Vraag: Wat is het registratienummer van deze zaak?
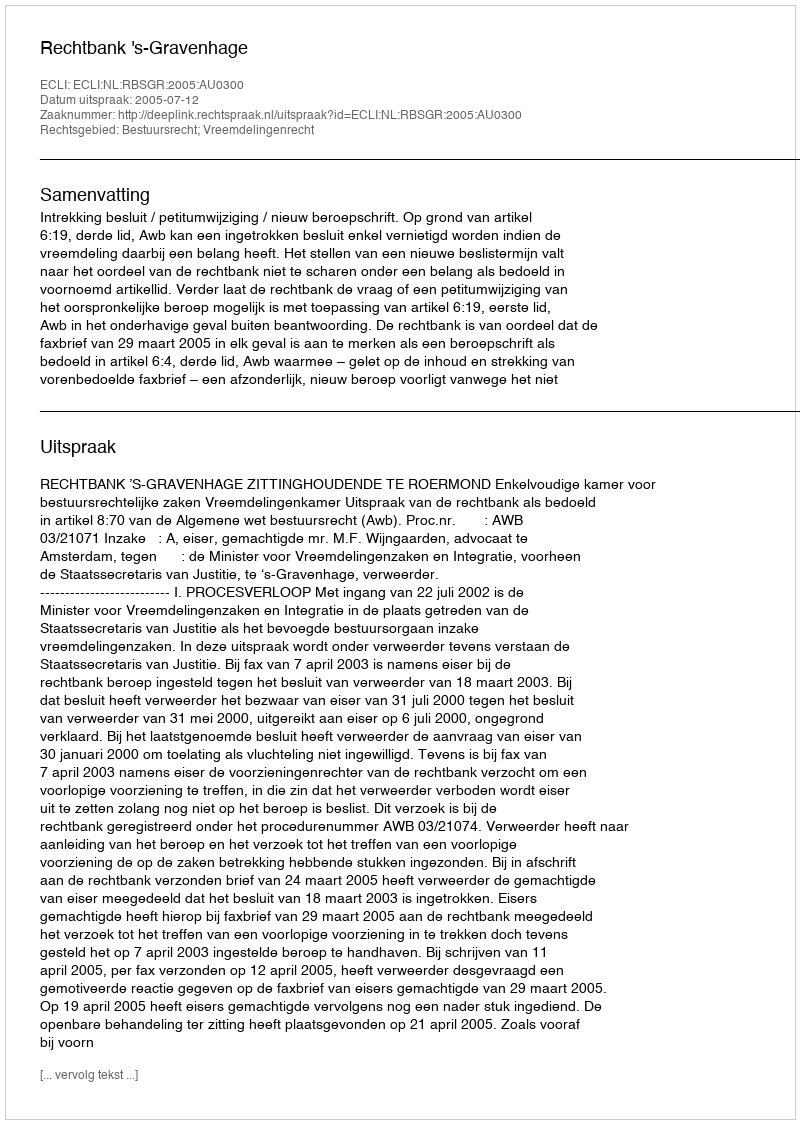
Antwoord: http://deeplink.rechtspraak.nl/uitspraak?id=ECLI:NL:RBSGR:2005:AU0300